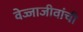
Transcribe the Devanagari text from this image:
वेज्जाजीवांची